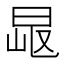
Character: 𣆠